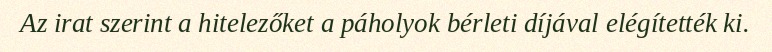
Az irat szerint a hitelezőket a páholyok bérleti díjával elégítették ki.